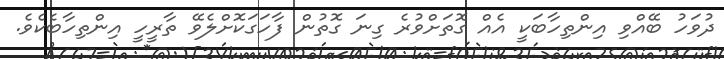
ދުވަހު ބޭއްވި އިންތިހާބަކީ އެއް ގޮތަށްވުރެ ގިނަ ގޮތުން ފާހަގަކޮށްލެވޭ ތާރީހީ އިންތިހާބެކެވެ.